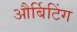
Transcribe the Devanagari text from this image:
और्बिटिंग